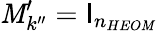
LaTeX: \mathit{M}_{k^{\prime\prime}}^{\prime}=\mathsf{I}_{n_{HEO\mathit{M}}}